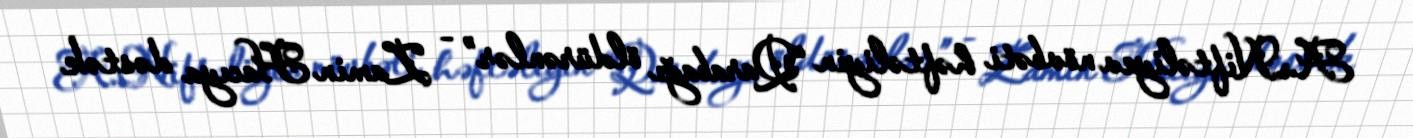
A.Niftəliyev növbəti həftəliyin “Qarabağı öldürənlər” - Zamin Hacıya dəstək